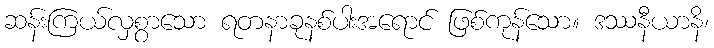
ဆန်းကြယ်လှစွာသော ရတနာခုနစ်ပါးအရောင် ဖြစ်ကုန်သော။ ဒဿနီယာနိ၊